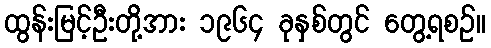
ထွန်းမြင့်ဦးတို့အား ၁၉၆၄ ခုနှစ်တွင် တွေ့ရစဉ်။